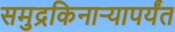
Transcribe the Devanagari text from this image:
समुद्रकिनार्‍यापर्यंत